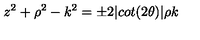
z ^ { 2 } + \rho ^ { 2 } - k ^ { 2 } = \pm 2 \vert c o t ( 2 \theta ) \vert \rho k